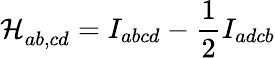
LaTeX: \mathcal{H}_{ab,cd}^{\ }=I_{abcd}-\frac 12I_{adcb}